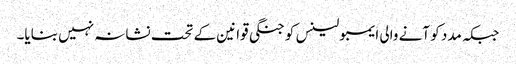
جبکہ مدد کو آنے والی ایمبولینس کو جنگی قوانین کے تحت نشانہ نہیں بنایا۔